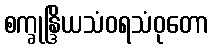
စက္ခုန္ဒြိယသံဝရသံဝုတော